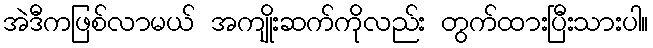
အဲဒီကဖြစ်လာမယ် အကျိုးဆက်ကိုလည်း တွက်ထားပြီးသားပါ။